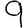
Digit: 9